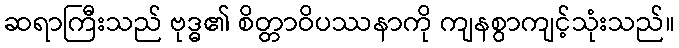
ဆရာကြီးသည် ဗုဒ္ဓ၏ စိတ္တာဝိပဿနာကို ကျနစွာကျင့်သုံးသည်။